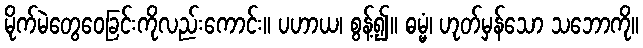
မိုက်မဲတွေဝေခြင်းကိုလည်းကောင်း။ ပဟာယ၊ စွန့်၍။ ဓမ္မံ၊ ဟုတ်မှန်သော သဘောကို။